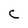
Character: c